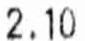
2.10